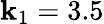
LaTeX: \mathbf{k}_{1}=3.5